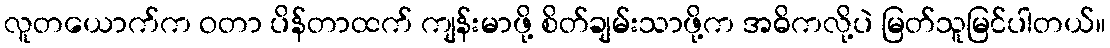
လူတယောက်က ဝတာ ပိန်တာထက် ကျန်းမာဖို့ စိတ်ချမ်းသာဖို့က အဓိကလို့ပဲ မြတ်သူမြင်ပါတယ်။